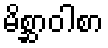
မိစ္ဆာဝါစာ